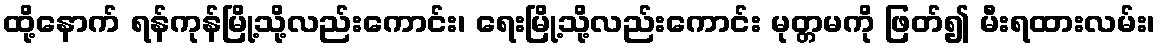
ထို့နောက် ရန်ကုန်မြို့သို့လည်းကောင်း၊ ရေးမြို့သို့လည်းကောင်း မုတ္တမကို ဖြတ်၍ မီးရထားလမ်း၊